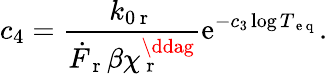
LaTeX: c_{4}=\frac{k_{0\mathrm{~r~}}}{\dot{F}_{\mathrm{~r~}}\beta\chi_{\mathrm{~r~}}^{\ddag}}\mathrm{e}^{-c_{3}\log T_{\mathrm{~e~q~}}}.